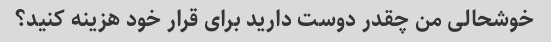
خوشحالی من چقدر دوست دارید برای قرار خود هزینه کنید؟